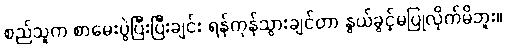
စည်သူက စာမေးပွဲပြီးပြီးချင်း ရန်ကုန်သွားချင်တာ နွယ်ခွင့်မပြုလိုက်မိဘူး။